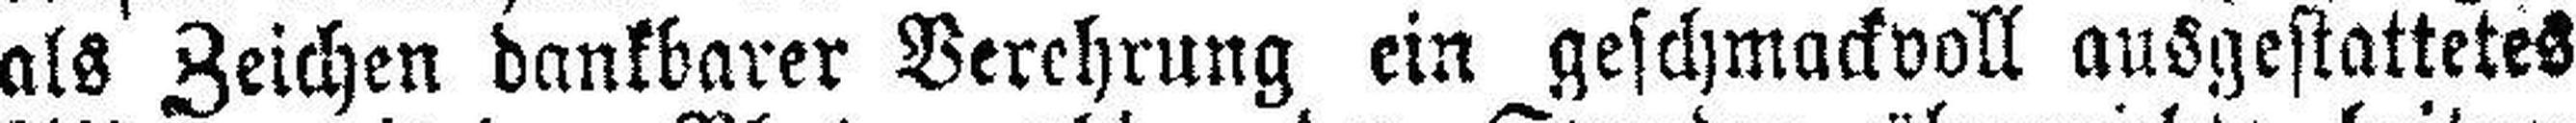
als Zeichen dankbarer Verehrung ein geschmackvoll ausgestattetes